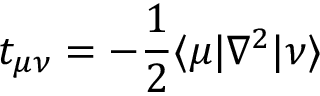
t _ { \mu \nu } = - \frac { 1 } { 2 } \langle \mu | \nabla ^ { 2 } | \nu \rangle